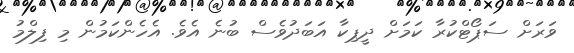
ވަރަށް ސަޕޯޓްކުރާ ކަމަށް ދީޕިކާ އަބަދުވެސް ބުނެ އެވެ. އެހެންކަމުން މި ފިލްމު